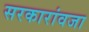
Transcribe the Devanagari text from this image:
सरकारांवजा